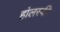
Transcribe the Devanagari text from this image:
हा॓लस्की